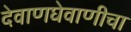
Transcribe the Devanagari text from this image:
देवाणघेवाणीचा